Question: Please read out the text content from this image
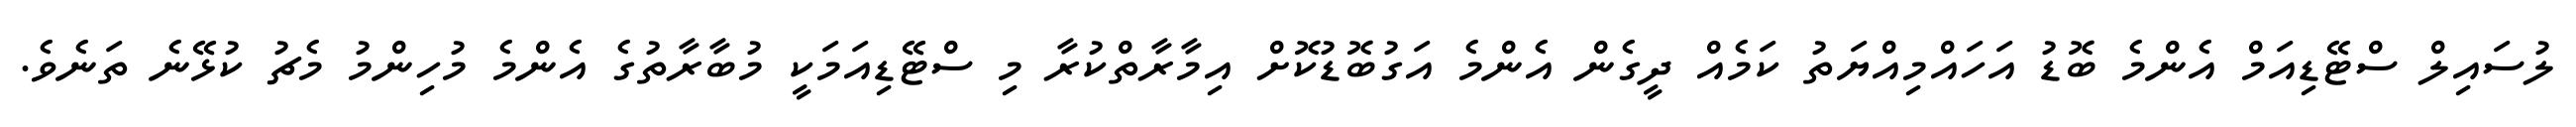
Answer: ލުސައިލް ސްޓޭޑިއަމް އެންމެ ބޮޑު އަހައްމިއްޔަތު ކަމެއް ދީގެން އެންމެ އަގުބޮޑުކޮށް އިމާރާތްކުރާ މި ސްޓޭޑިއަމަކީ މުބާރާތުގެ އެންމެ މުހިންމު މެޗު ކުޅޭނެ ތަނެވެ.